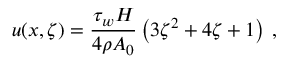
u ( x , \zeta ) = \frac { \tau _ { w } H } { 4 \rho A _ { 0 } } \left( 3 \zeta ^ { 2 } + 4 \zeta + 1 \right) \, ,